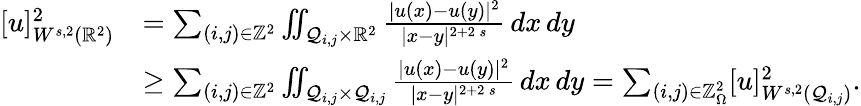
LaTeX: \begin{array}{rl}{[u]_{W^{s,2}(\mathbb{R}^{2})}^{2}}&{=\sum_{(i,j)\in\mathbb{Z}^{2}}\iint_{\mathcal{Q}_{i,j}\times\mathbb{R}^{2}}\frac{|u(x)-u(y)|^{2}}{|x-y|^{2+2\, s}}\, dx\, dy}\\ &{\ge\sum_{(i,j)\in\mathbb{Z}^{2}}\iint_{\mathcal{Q}_{i,j}\times\mathcal{Q}_{i,j}}\frac{|u(x)-u(y)|^{2}}{|x-y|^{2+2\, s}}\, dx\, dy=\sum_{(i,j)\in\mathbb{Z}_{\Omega}^{2}}[u]_{W^{s,2}(\mathcal{Q}_{i,j})}^{2}.}\end{array}